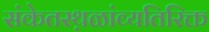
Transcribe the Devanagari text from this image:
संकेतस्थ़ळांव्यतिरिक्त